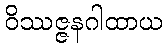
ဝိဿဇ္ဇနဂါထာယ